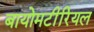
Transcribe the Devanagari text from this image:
बायोमटीरियल